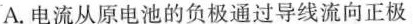
A.电流从原电池的负极通过导线流向正极